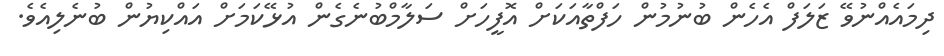
ދިމައެއްނުވޭ ޒަލަފް އެހެން ބުނުމުން ހަފްތާއަކަށް އޮފީހަށް ސަލާމްބުނެގެން އުޅޭކަމަށް އައްކިޔުން ބުނެލިއެވެ.